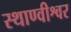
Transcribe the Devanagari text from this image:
स्थाण्वीश्वर